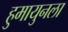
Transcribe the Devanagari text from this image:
हुमायुनला